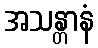
အသန္တာနံ